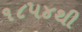
૧૮૫૪થી